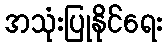
အသုံးပြုနိုင်ရေး